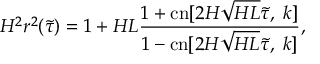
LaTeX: H ^ { 2 } r ^ { 2 } ( \tilde { \tau } ) = 1 + H L \frac { 1 + \mathrm { c n } [ 2 H \sqrt { H L } \tilde { \tau } , \; k ] } { 1 - \mathrm { c n } [ 2 H \sqrt { H L } \tilde { \tau } , \; k ] } ,